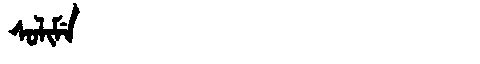
Manchu: ᠰᠣᠯᡳᠮᡝ
Romanization: SOLIME